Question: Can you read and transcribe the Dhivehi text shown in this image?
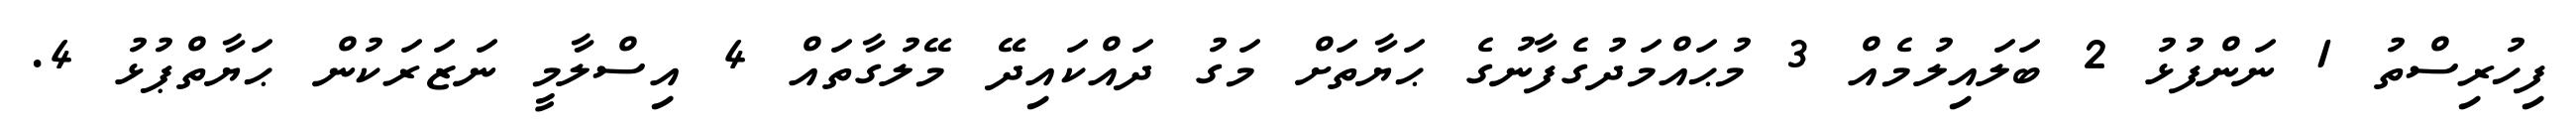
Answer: ފިހުރިސްތު 1 ނަންފުޅު 2 ބަލައިލުމެއް 3 މުޙައްމަދުގެފާނުގެ ޙަޔާތަށް މަގު ދައްކައިދޭ މޭލުގާތައް 4 އިސްލާމީ ނަޒަރަކުން ޙަޔާތްޕުޅު 4.